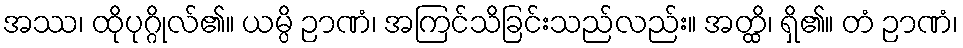
အဿ၊ ထိုပုဂ္ဂိုလ်၏။ ယမ္ပိ ဉာဏံ၊ အကြင်သိခြင်းသည်လည်း။ အတ္ထိ၊ ရှိ၏။ တံ ဉာဏံ၊